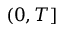
( 0 , T ]